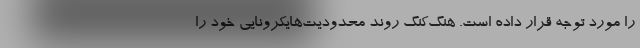
را مورد توجه قرار داده است. هنگ‌کنگ روند محدودیت‌هایکرونایی خود را